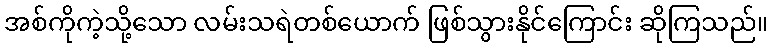
အစ်ကိုကဲ့သို့သော လမ်းသရဲတစ်ယောက် ဖြစ်သွားနိုင်ကြောင်း ဆိုကြသည်။